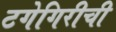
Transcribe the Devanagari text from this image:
टगेगिरीची